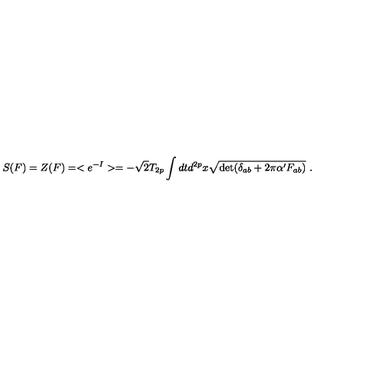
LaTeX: S ( F ) = Z ( F ) = < e ^ { - I } > = - \sqrt { 2 } T _ { 2 p } \int d t d ^ { 2 p } x \sqrt { \det ( \delta _ { a b } + 2 \pi \alpha ^ { \prime } F _ { a b } ) } \ .